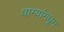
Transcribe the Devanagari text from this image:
धाग्यांमधून